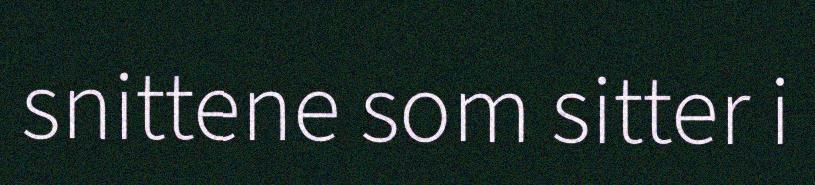
snittene som sitter i